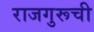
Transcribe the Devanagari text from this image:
राजगुरूची